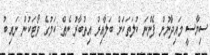
ސިޔާސީ މައިދާނުން ފެންނަ ކުލަތަކަށް ބަލާއިރު އިތުބާރު ނެތް ކަމުގެ ވޯޓަކުން ނައިބު